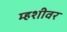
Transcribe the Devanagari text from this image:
म्हशीवर